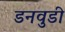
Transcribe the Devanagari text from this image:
डनवुडी